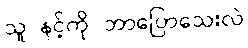
သူ နင့်ကို ဘာပြောသေးလဲ